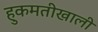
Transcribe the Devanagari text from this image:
हुकमतीखाली